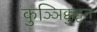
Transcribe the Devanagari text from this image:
कुञ्ञिक्कुट्टन